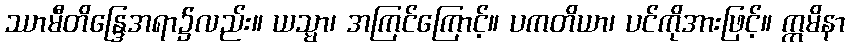
ဿာမီတိန္ဒြေအရာ၌လည်း။ ယသ္မာ၊ အကြင်ကြောင့်။ ပကတိယာ၊ ပင်ကိုအားဖြင့်။ ဣမိနာ